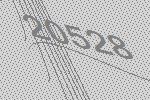
20528